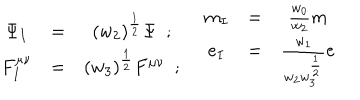
\begin{array} { c c c } { { \Psi _ { I } } } & { { = } } & { { ( w _ { 2 } ) ^ { \frac { 1 } { 2 } } \Psi ~ ~ ; } } \\ { { F _ { I } ^ { \mu \nu } } } & { { = } } & { { ( w _ { 3 } ) ^ { \frac { 1 } { 2 } } F ^ { \mu \nu } ~ ~ ; } } \\ \end{array} \quad \begin{array} { c c c } { { m _ { I } } } & { { = } } & { { \frac { w _ { 0 } } { w _ { 2 } } m } } \\ { { e _ { I } } } & { { = } } & { { \frac { w _ { 1 } } { w _ { 2 } w _ { 3 } ^ { \frac { 1 } { 2 } } } e } } \\ \end{array}